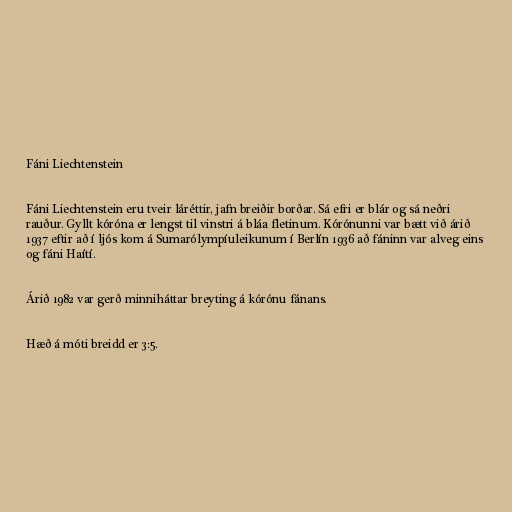
Fáni Liechtenstein

Fáni Liechtenstein eru tveir láréttir, jafn breiðir borðar. Sá efri er blár og sá neðri
rauður. Gyllt kóróna er lengst til vinstri á bláa fletinum. Kórónunni var bætt við árið
1937 eftir að í ljós kom á Sumarólympíuleikunum í Berlín 1936 að fáninn var alveg eins
og fáni Haítí.

Árið 1982 var gerð minniháttar breyting á kórónu fánans.

Hæð á móti breidd er 3:5.